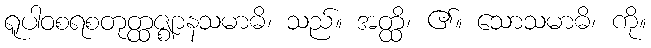
ရူပါဝစရစတုတ္ထဇ္ဈာနသမာဓိ၊ သည်။ အတ္ထိ၊ ၏။ သောသမာဓိ၊ ကို။